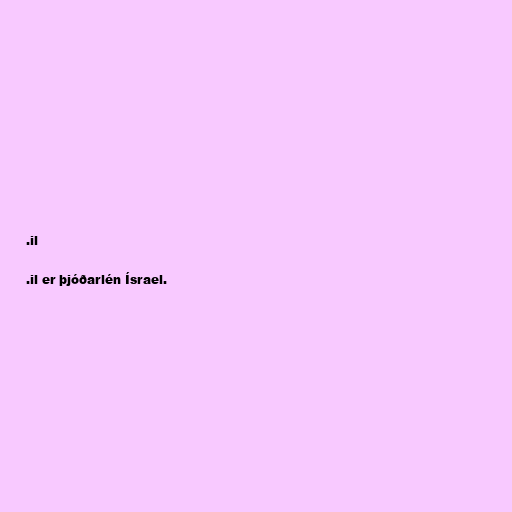
.il

.il er þjóðarlén Ísrael.